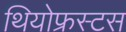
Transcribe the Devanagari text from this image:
थियोफ्रस्टस